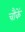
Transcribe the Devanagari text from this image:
चौकें